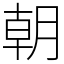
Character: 朝